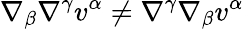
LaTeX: \nabla_{\beta}\nabla^{\gamma}v^{\alpha}\neq\nabla^{\gamma}\nabla_{\beta}v^{\alpha}